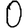
Digit: 0